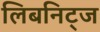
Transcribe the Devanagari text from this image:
लिबनिट्ज